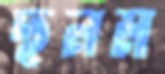
ছনম